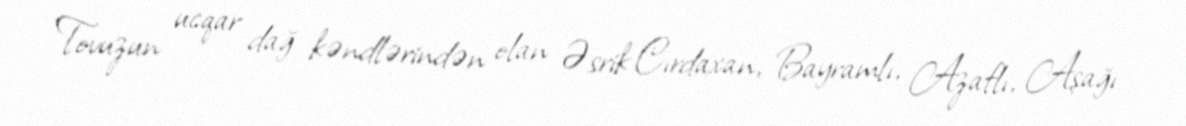
Tovuzun ucqar dağ kəndlərindən olan Əsrik Cırdaxan, Bayramlı, Azaflı, Aşağı